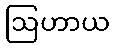
ဩဟာယ